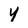
Character: Y